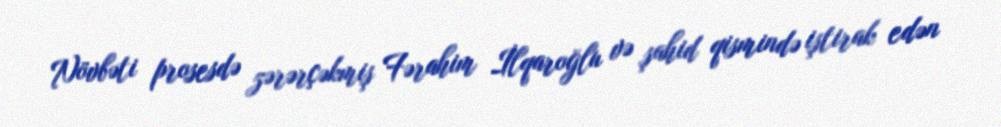
Növbəti prosesdə zərərçəkmiş Fərahim İlqaroğlu və şahid qismində iştirak edən